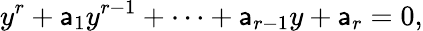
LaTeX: y^{r}+\mathsf{a}_{1}y^{r-1}+\cdots+\mathsf{a}_{r-1}y+\mathsf{a}_{r}=0,